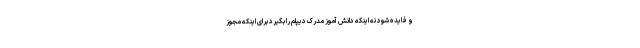
و فایده شود نه اینکه دانش آموز مدرک دیپلم را بگیرد برای اینکه مجوز